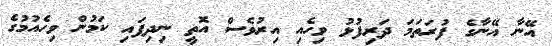
އޭނާ އޭނާގެ ފުރަތަމަ ދަރިފުޅު ވިހެއި އިރުވެސް އޮތީ ނިދިފައި ކަމުން ވިހެއުމުގެ